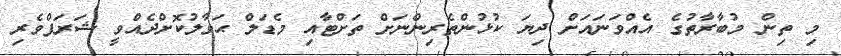
މި ތިން މުބާރާތުގެ އެއްވަނައަށް ދިޔަ ކުޅުންތެރިންނަށް ތަށްޓާއި މެޑަލް ޙަވާލުކޮށްދެއްވީ ޝަރަފްވެރި